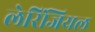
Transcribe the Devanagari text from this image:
लेरिंजियल